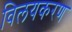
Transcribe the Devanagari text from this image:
विलयकरण